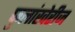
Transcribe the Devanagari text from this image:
फुलांखेरीज